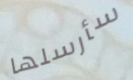
سأرسلها